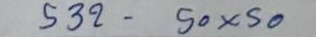
532 - 50 x 50